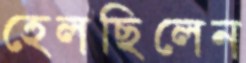
হেলছিলেন